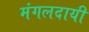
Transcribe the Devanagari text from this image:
मंगलदायी